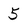
Character: 5